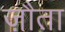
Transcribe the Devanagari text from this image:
ज़ौता